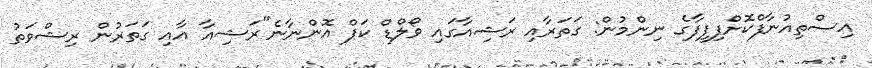
އިސްތިއުނާފްކޮށްފިފީފާގެ ނިންމުން: ގަތަރާއި ރަޝިއާގައި ވޯލްޑް ކަޕް އޮންނާނެ"ރަޝިއާ އާއި ގަތަރުން ރިޝްވަތު